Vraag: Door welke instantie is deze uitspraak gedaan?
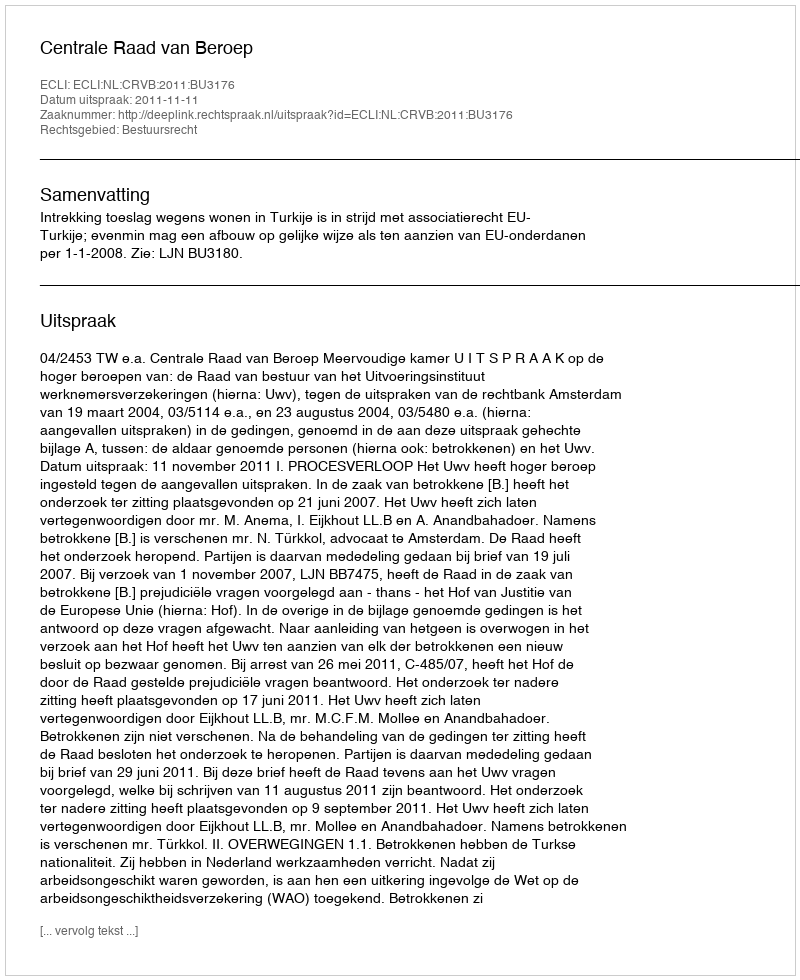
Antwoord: Centrale Raad van Beroep